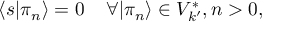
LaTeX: \langle s | \pi _ { n } \rangle = 0 \; \; \; \; \forall | \pi _ { n } \rangle \in V _ { k ^ { \prime } } ^ { * } , n > 0 ,